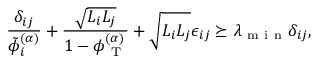
\frac { \delta _ { i j } } { \tilde { \phi } _ { i } ^ { ( \alpha ) } } + \frac { \sqrt { L _ { i } L _ { j } } } { 1 - \phi _ { \mathrm { ~ T ~ } } ^ { ( \alpha ) } } + \sqrt { L _ { i } L _ { j } } \epsilon _ { i j } \succeq \lambda _ { \mathrm { ~ m ~ i ~ n ~ } } \delta _ { i j } ,